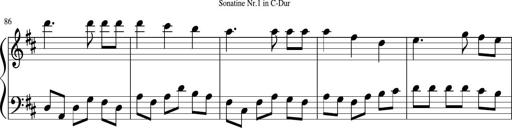
Title: Sonatine Nr.1 in C-Dur
Composer: DÃ©sirÃ©e Manns
Key: C major